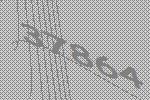
37864